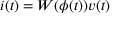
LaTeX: i ( t ) = W ( \phi ( t ) ) v ( t )